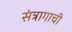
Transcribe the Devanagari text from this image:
संत्रागाची